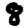
Digit: 8